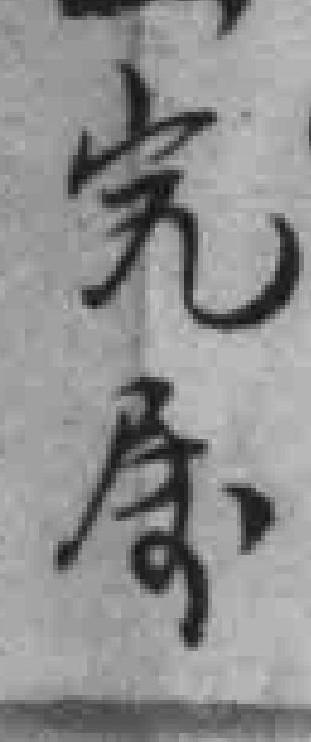
完*